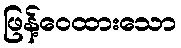
ဖြန့်ဝေထားသော